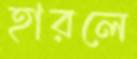
হারলে